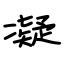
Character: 凝